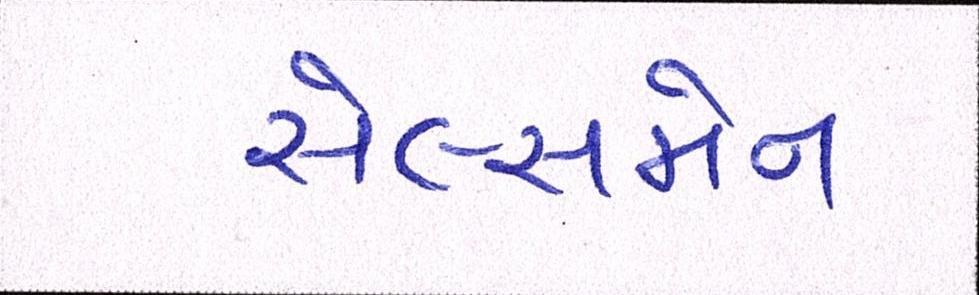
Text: સેલ્સમેન